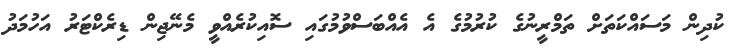
ކުދިން މަސައްކަތަށް ތަމްރީނުގެ ކުރުމުގެ އެ އެއްބަސްވުމުގައި ސޮއިކުރެއްވީ މެނޭޖިން ޑިރެކްޓަރު އަހުމަދު